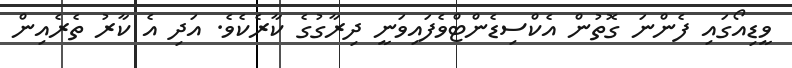
ވީޑިއޯގައި ފެންނަ ގޮތުން އެކްސިޑެންޓްވެފައިވަނީ ދިރާގުގެ ކާރެކެވެ. އަދި އެ ކާރު ތެރެއިން